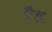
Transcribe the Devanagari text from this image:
ऎंल